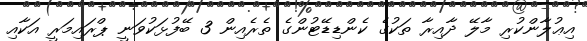
އިޢުލާންކުރި މާލޭ ދާއިރާ ތަކުގެ ކެންޑިޑޭޓުންގެ ތެރެއިން 3 ބޭފުޅަކުވަނީ ޕްރައިމަރީ އަކާއި